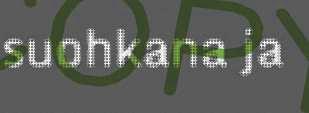
suohkana ja